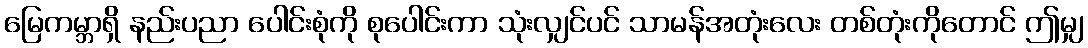
မြေကမ္ဘာရှိ နည်းပညာ ပေါင်းစုံကို စုပေါင်းကာ သုံးလျှင်ပင် သာမန်အတုံးလေး တစ်တုံးကိုတောင် ဤမျှ